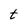
Character: t